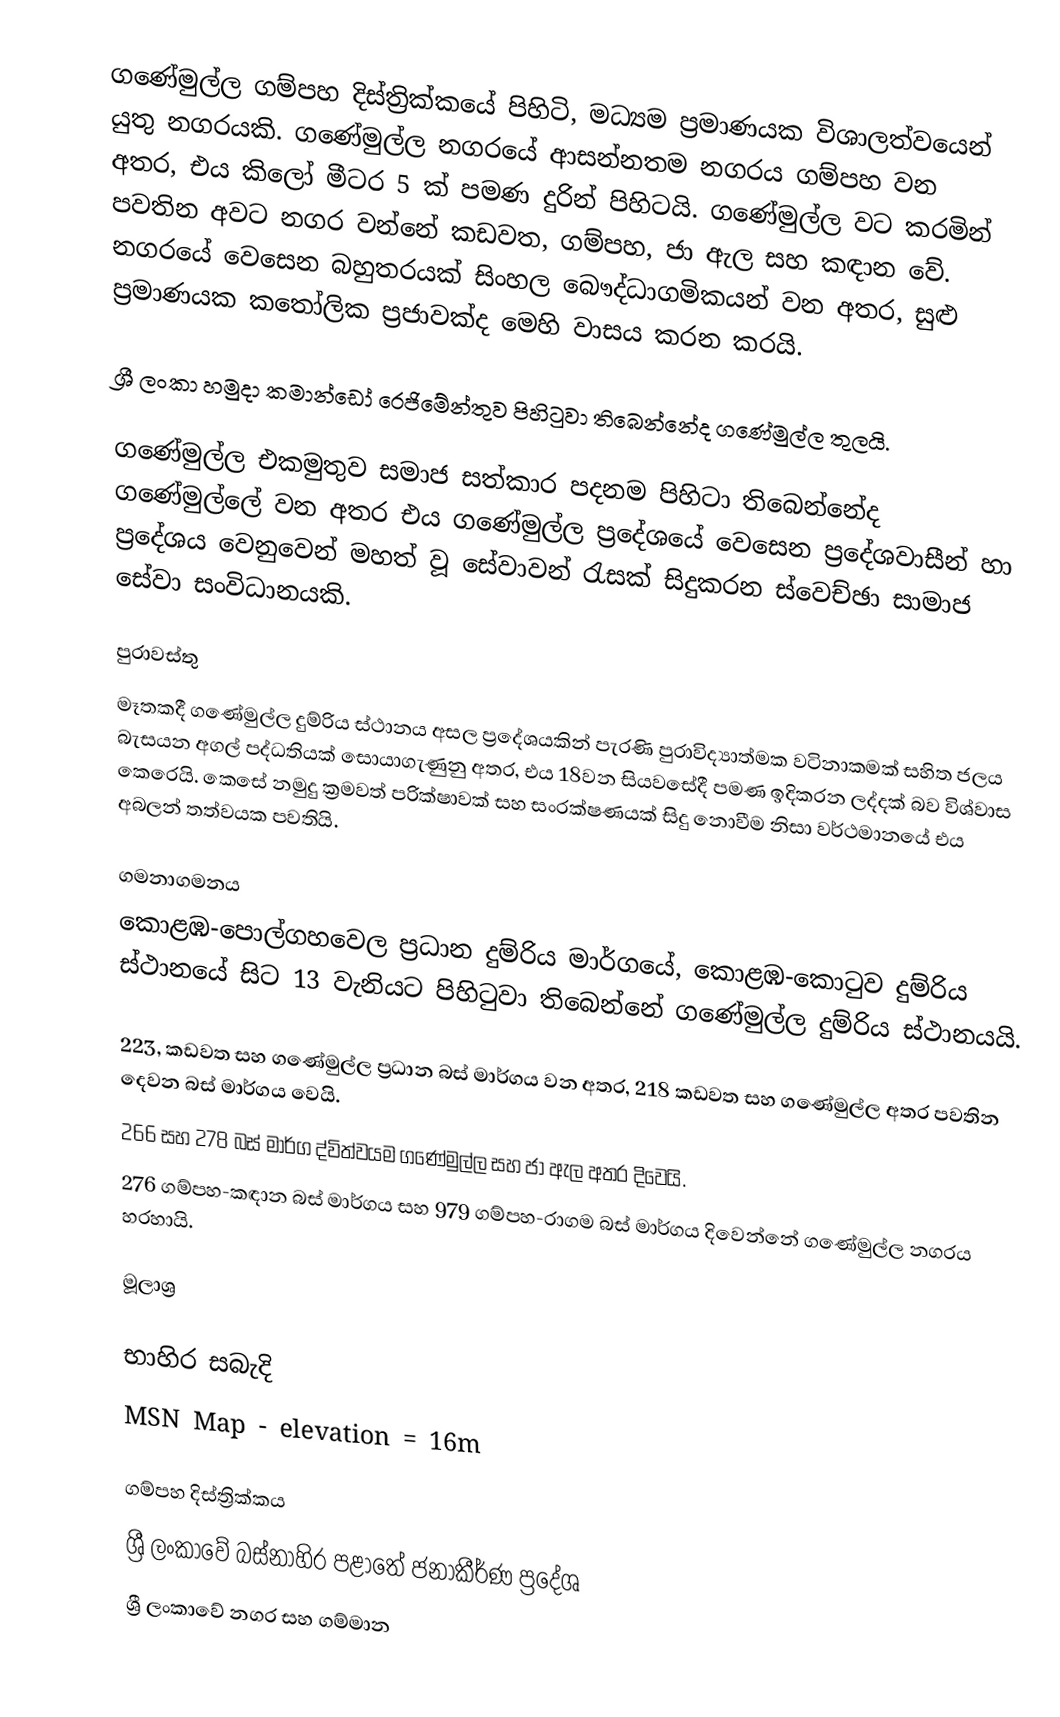
ගණේමුල්ල ගම්පහ දිස්ත්‍රික්කයේ පිහිටි, මධ්‍යම ප්‍රමාණයක විශාලත්වයෙන් යුතු නගරයකි. ගණේමුල්ල නගරයේ ආසන්නතම නගරය ගම්පහ වන අතර, එය කිලෝ මීටර 5 ක් පමණ දුරින් පිහිටයි. ගණේමුල්ල වට කරමින් පවතින අවට නගර වන්නේ කඩවත, ගම්පහ, ජා ඇල සහ කඳාන වේ. නගරයේ වෙසෙන බහුතරයක් සිංහල බෞද්ධාගමිකයන් වන අතර, සුළු ප්‍රමාණයක කතෝලික ප්‍රජාවක්ද මෙහි වාසය කරන කරයි.

ශ්‍රී ලංකා හමුදා කමාන්ඩෝ රෙජිමේන්තුව පිහිටුවා තිබෙන්නේද ගණේමුල්ල තුලයි.

ගණේමුල්ල එකමුතුව සමාජ සත්කාර පදනම පිහිටා තිබෙන්නේද ගණේමුල්ලේ වන අතර එය ගණේමුල්ල ප්‍රදේශයේ වෙසෙන ප්‍රදේශවාසීන් හා ප්‍රදේශය වෙනුවෙන් මහත් වූ සේවාවන් රැසක් සිදුකරන ස්වෙච්ඡා සාමාජ සේවා සංවිධානයකි.

පුරාවස්තු
මෑතකදී ගණේමුල්ල දුම්රිය ස්ථානය අසල ප්‍රදේශයකින් පැරණි පුරාවිද්‍යාත්මක වටිනාකමක් සහිත ජලය බැසයන අගල් පද්ධතියක් සොයාගැණුනු අතර, එය 18වන සියවසේදී පමණ ඉදිකරන ලද්දක් බව විශ්වාස කෙරෙයි. කෙසේ නමුදු ක්‍රමවත් පරික්ෂාවක් සහ සංරක්ෂණයක් සිදු නොවීම නිසා වර්ථමානයේ එය අබලන් තත්වයක පවතියි.

ගමනාගමනය
කොළඹ-පොල්ගහවෙල ප්‍රධාන දුම්රිය මාර්ගයේ, කොළඹ-කොටුව දුම්රිය ස්ථානයේ සිට 13 වැනියට පිහිටුවා තිබෙන්නේ ගණේමුල්ල දුම්රිය ස්ථානයයි.

223, කඩවත සහ ගණේමුල්ල ප්‍රධාන බස් මාර්ගය වන අතර, 218 කඩවත සහ ගණේමුල්ල අතර පවතින දෙවන බස් මාර්ගය වෙයි.
266 සහ 278 බස් මාර්ග ද්විත්වයම ගණේමුල්ල සහ ජා ඇල අතර දිවෙයි.
276 ගම්පහ-කඳාන බස් මාර්ගය සහ 979 ගම්පහ-රාගම බස් මාර්ගය දිවෙන්නේ ගණේමුල්ල නගරය හරහායි.

මූලාශ්‍ර

භාහිර සබැදි
 MSN Map - elevation = 16m

ගම්පහ දිස්ත්‍රික්කය
ශ්‍රී ලංකාවේ බස්නාහිර පළාතේ ජනාකීර්ණ ප්‍රදේශ
ශ්‍රී ලංකාවේ නගර සහ ගම්මාන